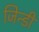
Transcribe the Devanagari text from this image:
जिन्डी